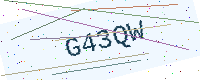
Text: G43QW